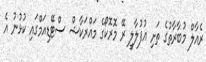
ރެއާލް މުބާރާތުގެ ތަށި އުފުލާލީ ރޭ މޮރޮކޯގެ މައްރަކާޝް ސްޓޭޑިއަމްގައި ކުޅުނު އެ